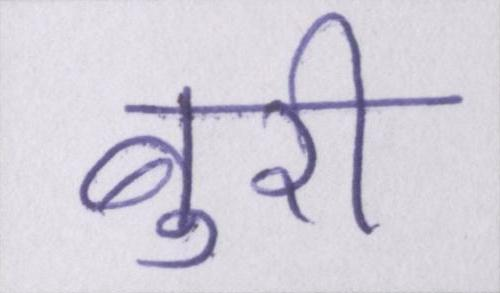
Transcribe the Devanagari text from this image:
बुरी